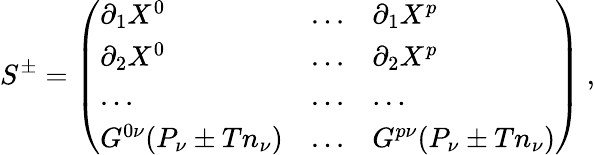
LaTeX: S^{\pm}=\left(\begin{array}{lll}{{\partial_{1}X^{0}}}&{{...}}&{{\partial_{1}X^{p}}}\\ {{\partial_{2}X^{0}}}&{{...}}&{{\partial_{2}X^{p}}}\\ {{...}}&{{...}}&{{...}}\\ {{G^{0\nu}(P_{\nu}\pm Tn_{\nu})}}&{{...}}&{{G^{p\nu}(P_{\nu}\pm Tn_{\nu})}}\end{array}\right)\ ,